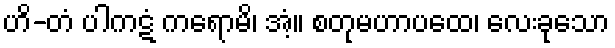
ဟိ-တံ ပါကဋံ ကရောမိ၊ အံ့။ စတုမဟာပထေ၊ လေးခုသော